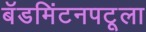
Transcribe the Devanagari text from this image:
बॅडमिंटनपटूला